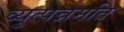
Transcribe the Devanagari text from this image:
व्युत्पन्नमति